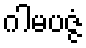
ဂါမပဇ္ဇံ